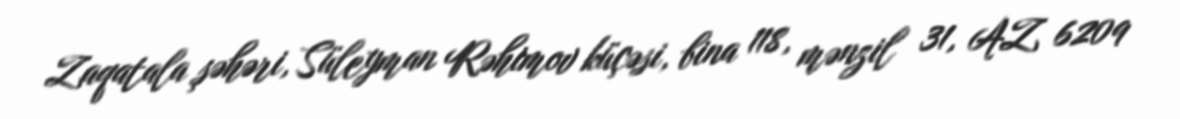
Zaqatala şəhəri, Süleyman Rəhimov küçəsi, bina 118, mənzil 31, AZ 6209